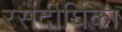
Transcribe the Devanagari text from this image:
रसदीर्घिका